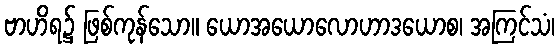
ဗာဟိရ၌ ဖြစ်ကုန်သော။ ယောအယောလောဟာဒယောစ၊ အကြင်သံ၊